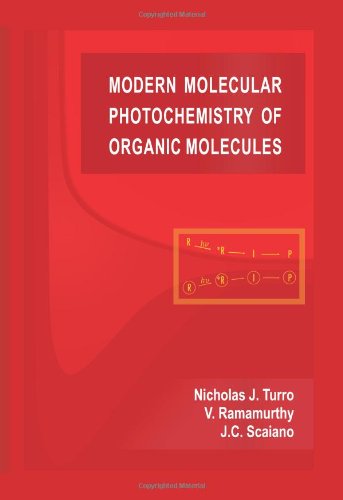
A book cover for Modern Molecular Photochemistry of Organic Molecules; Nicholas J. Turro; Science & Math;